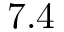
7 . 4